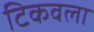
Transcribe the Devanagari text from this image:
टिकवला